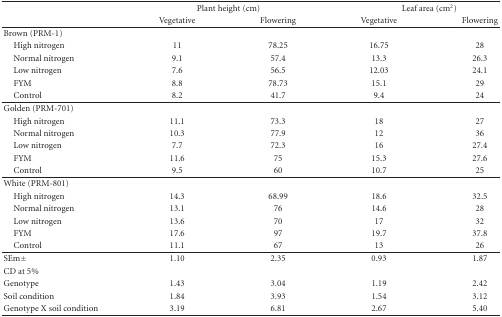
<table><thead><tr><td></td><td colspan="2"><b>Plant height (cm)</b></td><td colspan="2"><b>Leaf area (cm<sup>2</sup>)</b></td></tr><tr><td></td><td><b>Vegetative</b></td><td><b>Flowering</b></td><td><b>Vegetative</b></td><td><b>Flowering</b></td></tr></thead><tbody><tr><td>Brown (PRM-1)</td><td></td><td></td><td></td><td></td></tr><tr><td> High nitrogen</td><td>11</td><td>78.25</td><td>16.75</td><td>28</td></tr><tr><td> Normal nitrogen</td><td>9.1</td><td>57.4</td><td>13.3</td><td>26.3</td></tr><tr><td> Low nitrogen</td><td>7.6</td><td>56.5</td><td>12.03</td><td>24.1</td></tr><tr><td> FYM</td><td>8.8</td><td>78.73</td><td>15.1</td><td>29</td></tr><tr><td> Control</td><td>8.2</td><td>41.7</td><td>9.4</td><td>24</td></tr><tr><td>Golden (PRM-701)</td><td></td><td></td><td></td><td></td></tr><tr><td> High nitrogen</td><td>11.1</td><td>73.3</td><td>18</td><td>27</td></tr><tr><td> Normal nitrogen</td><td>10.3</td><td>77.9</td><td>12</td><td>36</td></tr><tr><td> Low nitrogen</td><td>7.7</td><td>72.3</td><td>16</td><td>27.4</td></tr><tr><td> FYM</td><td>11.6</td><td>75</td><td>15.3</td><td>27.6</td></tr><tr><td> Control</td><td>9.5</td><td>60</td><td>10.7</td><td>25</td></tr><tr><td>White (PRM-801)</td><td></td><td></td><td></td><td></td></tr><tr><td> High nitrogen</td><td>14.3</td><td>68.99</td><td>18.6</td><td>32.5</td></tr><tr><td> Normal nitrogen</td><td>13.1</td><td>76</td><td>14.6</td><td>28</td></tr><tr><td> Low nitrogen</td><td>13.6</td><td>70</td><td>17</td><td>32</td></tr><tr><td> FYM</td><td>17.6</td><td>97</td><td>19.7</td><td>37.8</td></tr><tr><td> Control</td><td>11.1</td><td>67</td><td>13</td><td>26</td></tr><tr><td>SEm±</td><td>1.10</td><td>2.35</td><td>0.93</td><td>1.87</td></tr><tr><td>CD at 5%</td><td></td><td></td><td></td><td></td></tr><tr><td>Genotype</td><td>1.43</td><td>3.04</td><td>1.19</td><td>2.42</td></tr><tr><td>Soil condition</td><td>1.84</td><td>3.93</td><td>1.54</td><td>3.12</td></tr><tr><td>Genotype X soil condition</td><td>3.19</td><td>6.81</td><td>2.67</td><td>5.40</td></tr></tbody></table>